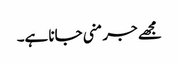
مجھے جرمنی جانا ہے۔